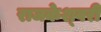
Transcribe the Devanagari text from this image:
राजकेश्‍वरी